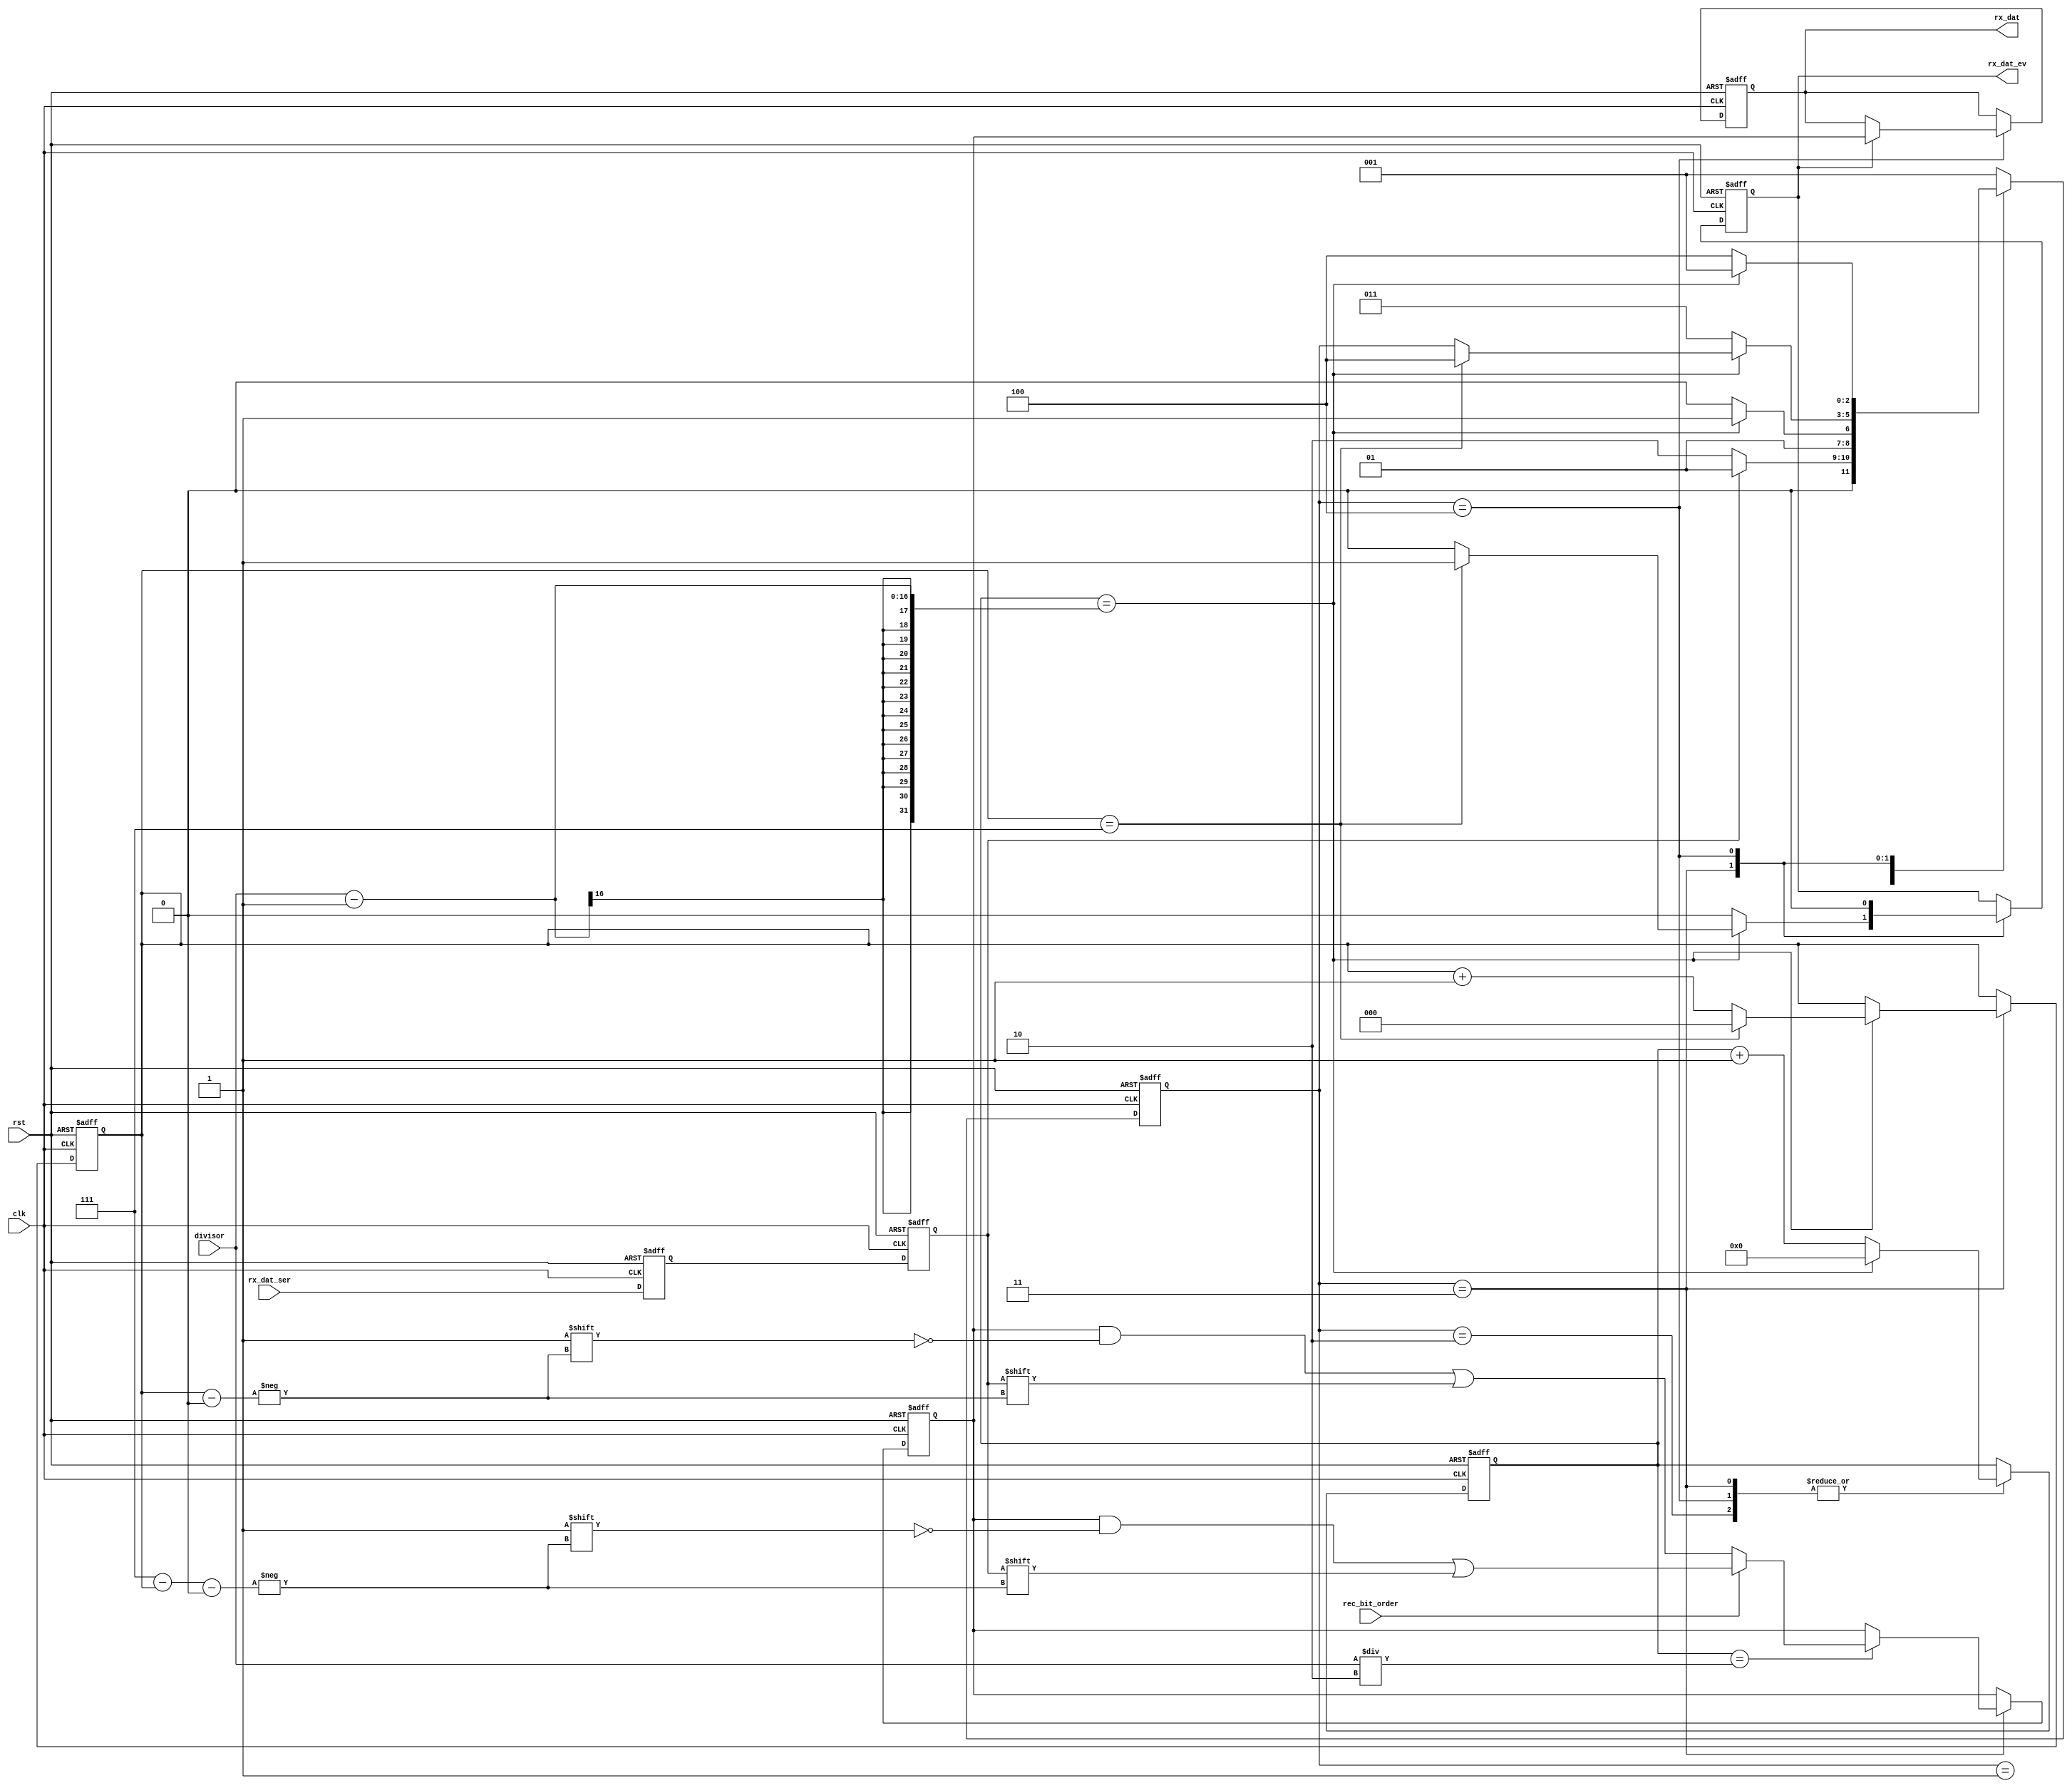
`timescale 1ns / 1ps
//////////////////////////////////////////////////////////////////////////////////
// Company:sitrus-tech
// 
// Design Name : uart 
// Module Name : basic_uart_receiver
// Project Name: uart
// Target Devices:spartan 7 
// Tool Versions:vivado 2018.1 
// Description: 
// 	implementation of uart_transceiver
// 
//  feature:
//      baud rate :support baud rate from 1220 to 128000
//      parity    :none
//      stop_bits :1-3
//      bit order : 0 for LSB first transmitting , 1 for MSB first transmitting
//
//
//////////////////////////////////////////////////////////////////////////////////
module basic_uart_receiver
(
	input                        clk,              //clock input
	input                        rst,            //asynchronous reset input, low active 
	input                        rx_dat_ser,            //serial data input
    input         [15:0]         divisor,      
    input                        rec_bit_order,

	output reg    [7:0]          rx_dat,          //received serial data
	output reg                   rx_dat_ev    //received serial data is valid
);
    //state machine code
    localparam                       IDLE      = 1;
    localparam                       START     = 2; //start bit
    localparam                       RECEIVE   = 3; //data bits
    localparam                       STOP      = 4; //stop bit
    
    reg     [2 :0]                   state;
    reg                              rx_d0;          
    reg                              rx_d1;        
    reg     [7 :0]                   rx_bits;        
    reg     [15:0]                   rec_cnt;        
    reg     [2 :0]                   bit_cnt;        
    
    always@(posedge clk or posedge rst) begin
    	if(rst) begin
    		rx_d0 <= 1'b1;
    		rx_d1 <= 1'b1;	
    	end else begin
    		rx_d0 <= rx_dat_ser;
    		rx_d1 <= rx_d0;
    	end
    end
    
    always@(posedge clk or posedge rst) begin
        if(rst) begin
    		state      <= IDLE;
            rec_cnt    <= 16'b0;
            bit_cnt    <= 3'b0;
            rx_dat <= 7'b0;
            rx_dat_ev   <= 1'b0;
            rx_bits    <= 8'b0;
        end else begin
    	    case(state)
                IDLE:begin
                           if(rx_d1 == 1'b0) begin
    	    		       	state <= START;
                           end else begin
    	    		       	state <= IDLE;
                           end
                     end
    
    	    	START:
                    if(rec_cnt == divisor - 1) begin
                        rec_cnt  <= 16'b0;
    	    			state    <= RECEIVE;
                    end else begin
    	    			state    <= START;
                        rec_cnt  <= rec_cnt + 1'b1;
                    end
    
                RECEIVE:begin
                            if(rec_cnt == divisor - 1) begin
    
                                rec_cnt <= 16'b0;
    
                                if(bit_cnt == 3'd7) begin
                                    bit_cnt  <= 3'd0;
    	    		        	    state    <= STOP;
                                    rx_dat_ev <= 1'b1;
                                end else begin
                                    bit_cnt  <= bit_cnt + 1'b1;
                                    rx_dat_ev <= 1'b0;
                                end
    
                            end else begin
                                rec_cnt  <= rec_cnt + 1'b1;
    	    		        	state    <= RECEIVE;
                                rx_dat_ev <= 1'b0;
                            end
    
                            if(rec_cnt == divisor/2) begin
                                if(rec_bit_order) 
                                    rx_bits[3'd7 - bit_cnt] <= rx_d1;
                                else
                                    rx_bits[bit_cnt] <= rx_d1;
                            end else begin
                                rx_bits <= rx_bits;
                            end
                        end
                    
                STOP:begin
                            if(rx_dat_ev) begin 
    	    	                rx_dat <= rx_bits;//latch received data
                            end else begin
                                rx_dat <= rx_dat; 
                            end
    
                            rx_dat_ev <= 1'b0;
    
                            if(rec_cnt == divisor - 1) begin
                                rec_cnt  <= 16'b0;
    	    		        	state    <= IDLE;
                            end else begin
                                rec_cnt  <= rec_cnt + 1'b1;
    	    		        	state    <= STOP;
                            end
                       end
    	    	default:
    	    		state <= IDLE;
    	    endcase
        end
    end

endmodule